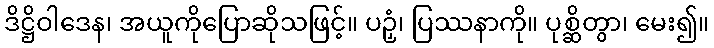
ဒိဋ္ဌိဝါဒေန၊ အယူကိုပြောဆိုသဖြင့်။ ပဉှံ၊ ပြဿနာကို။ ပုစ္ဆိတွာ၊ မေး၍။